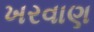
ખરવાણ